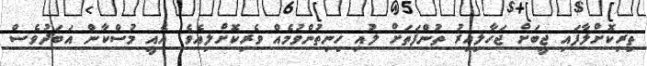
ތިރިކޮށްލާފައި ޖީބަށް ޖަހާލިއިރު ތުންފަތަށް ލުއި ހިނިތުންވުމެއް ވެރިކޮށްލިއެވެ. އެއީ މުސްކާން އަބަދުވެސް